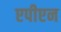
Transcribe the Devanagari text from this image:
एपीएन